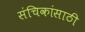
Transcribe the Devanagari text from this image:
संचिकांसाठी